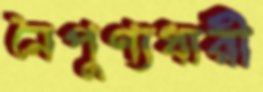
নৈপুণ্যধারী